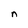
Character: n